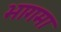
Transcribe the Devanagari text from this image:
भागमा